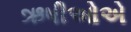
ઋષીઓએ